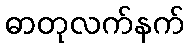
ဓာတုလက်နက်